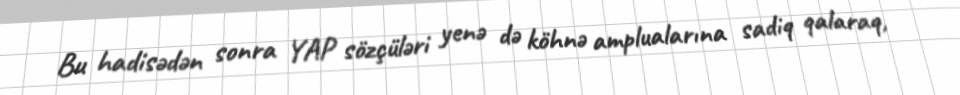
Bu hadisədən sonra YAP sözçüləri yenə də köhnə amplualarına sadiq qalaraq,